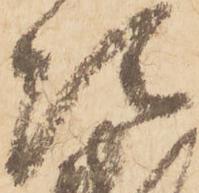
次